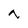
Character: n